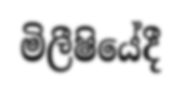
මිලීෂියේදී